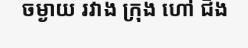
ចម្ងាយ រវាង ក្រុង ហៅ ជិង